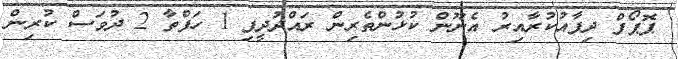
ޕޮޕޯފް ދިފާއުކުރާއިރު އެނޫން ކުޅުންތެރިން ރައްދުދީފި 1 ހަފްތާ 2 ދުވަސް ކުރިން